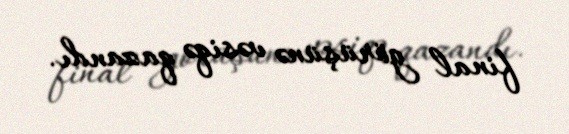
final görüşünə vəsiqə qazandı.